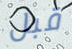
قبل